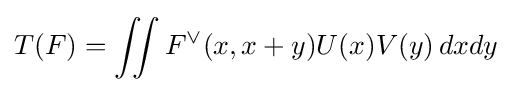
T(F)=\iint F^{\vee }(x,x+y)U(x)V(y)\,dxdy